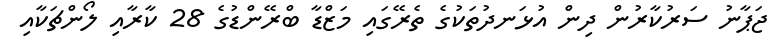
ޖަޕާނު ސަރުކާރުން ދިން އުޅަނދުތަކުގެ ތެރޭގައި މަޒްޑާ ބްރޭންޑުގެ 28 ކާރާއި ލޯންޗަކާއި